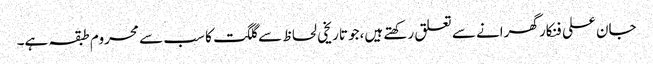
جان علی فنکار گھرانے سے تعلق رکھتے ہیں،جو تاریخی لحاظ سے گلگت کا سب سے محروم طبقہ ہے۔